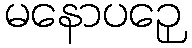
မနောပဉှေ